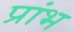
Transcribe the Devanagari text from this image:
प्रांभ